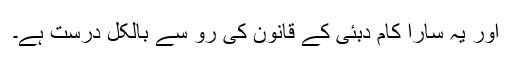
اور یہ سارا کام دبئی کے قانون کی رو سے بالکل درست ہے۔